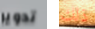
تدوير ذلك